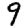
Digit: 9